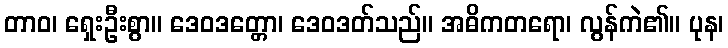
တာဝ၊ ရှေးဦးစွာ။ ဒေဝဒတ္တော၊ ဒေဝဒတ်သည်။ အဓိကတရော၊ လွန်ကဲ၏။ ပုန၊